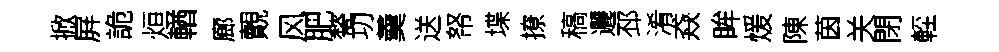
掀屛詭烜輶廊覿风肥甃㓛羹送帑堞撩稿邐邳淆猋眸煖陳茵关閉䡖